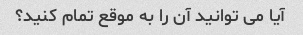
آیا می توانید آن را به موقع تمام کنید؟